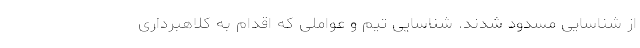
از شناسایی مسدود شدند. شناسایی تیم و عواملی که اقدام به کلاهبرداری